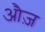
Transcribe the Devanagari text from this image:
औज़